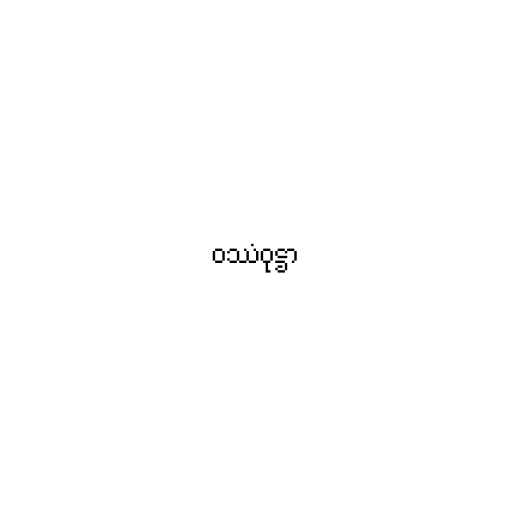
ဝဿံဝုဋ္ဌာ